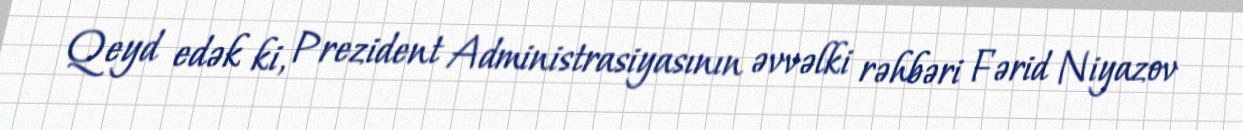
Qeyd edək ki, Prezident Administrasiyasının əvvəlki rəhbəri Fərid Niyazov